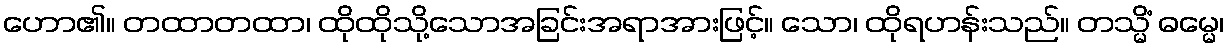
ဟော၏။ တထာတထာ၊ ထိုထိုသို့သောအခြင်းအရာအားဖြင့်။ သော၊ ထိုရဟန်းသည်။ တသ္မိံ ဓမ္မေ၊